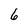
Character: 6